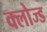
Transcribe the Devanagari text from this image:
क्‍लोज्‍ड